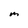
Character: m